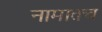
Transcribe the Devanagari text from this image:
नामातच